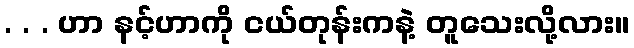
. . . ဟာ နင့်ဟာကို ငယ်တုန်းကနဲ့ တူသေးလို့လား။